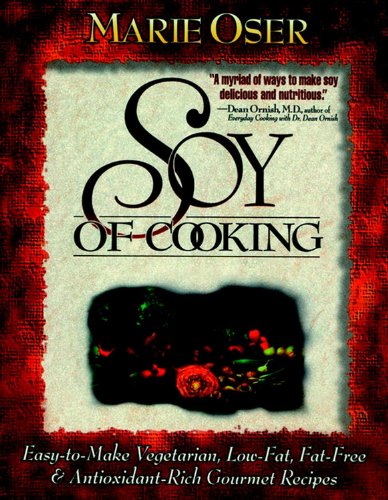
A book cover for Soy of Cooking: Easy-to-Make Vegetarian, Low-Fat,Fat-Free and Antioxidant-Rich Gourmet Recipes; Marie Oser; Health, Fitness & Dieting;